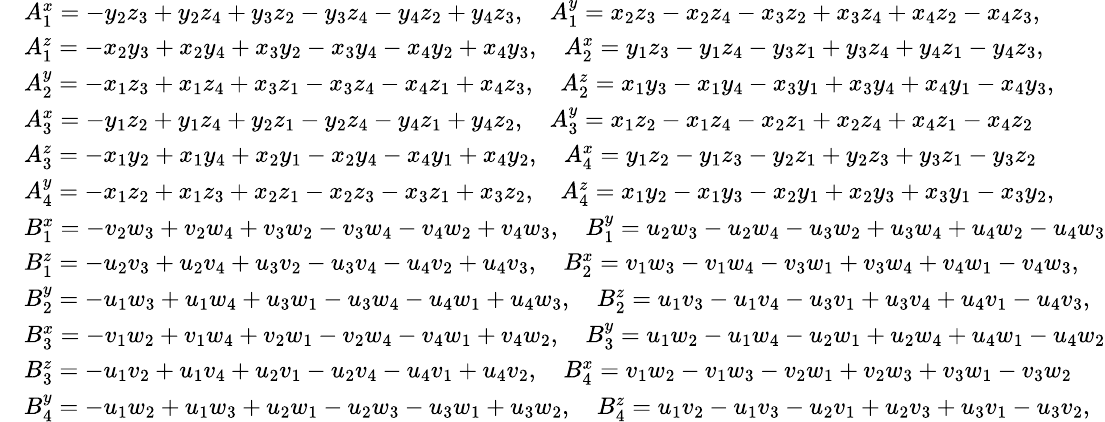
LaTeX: \small\begin{array}{rl}&{A_{1}^{x}=-y_{2}z_{3}+y_{2}z_{4}+y_{3}z_{2}-y_{3}z_{4}-y_{4}z_{2}+y_{4}z_{3},\quad A_{1}^{y}=x_{2}z_{3}-x_{2}z_{4}-x_{3}z_{2}+x_{3}z_{4}+x_{4}z_{2}-x_{4}z_{3},}\\ &{A_{1}^{z}=-x_{2}y_{3}+x_{2}y_{4}+x_{3}y_{2}-x_{3}y_{4}-x_{4}y_{2}+x_{4}y_{3},\quad A_{2}^{x}=y_{1}z_{3}-y_{1}z_{4}-y_{3}z_{1}+y_{3}z_{4}+y_{4}z_{1}-y_{4}z_{3},}\\ &{A_{2}^{y}=-x_{1}z_{3}+x_{1}z_{4}+x_{3}z_{1}-x_{3}z_{4}-x_{4}z_{1}+x_{4}z_{3},\quad A_{2}^{z}=x_{1}y_{3}-x_{1}y_{4}-x_{3}y_{1}+x_{3}y_{4}+x_{4}y_{1}-x_{4}y_{3},}\\ &{A_{3}^{x}=-y_{1}z_{2}+y_{1}z_{4}+y_{2}z_{1}-y_{2}z_{4}-y_{4}z_{1}+y_{4}z_{2},\quad A_{3}^{y}=x_{1}z_{2}-x_{1}z_{4}-x_{2}z_{1}+x_{2}z_{4}+x_{4}z_{1}-x_{4}z_{2}}\\ &{A_{3}^{z}=-x_{1}y_{2}+x_{1}y_{4}+x_{2}y_{1}-x_{2}y_{4}-x_{4}y_{1}+x_{4}y_{2},\quad A_{4}^{x}=y_{1}z_{2}-y_{1}z_{3}-y_{2}z_{1}+y_{2}z_{3}+y_{3}z_{1}-y_{3}z_{2}}\\ &{A_{4}^{y}=-x_{1}z_{2}+x_{1}z_{3}+x_{2}z_{1}-x_{2}z_{3}-x_{3}z_{1}+x_{3}z_{2},\quad A_{4}^{z}=x_{1}y_{2}-x_{1}y_{3}-x_{2}y_{1}+x_{2}y_{3}+x_{3}y_{1}-x_{3}y_{2},}\\ &{B_{1}^{x}=-v_{2}w_{3}+v_{2}w_{4}+v_{3}w_{2}-v_{3}w_{4}-v_{4}w_{2}+v_{4}w_{3},\quad B_{1}^{y}=u_{2}w_{3}-u_{2}w_{4}-u_{3}w_{2}+u_{3}w_{4}+u_{4}w_{2}-u_{4}w_{3}}\\ &{B_{1}^{z}=-u_{2}v_{3}+u_{2}v_{4}+u_{3}v_{2}-u_{3}v_{4}-u_{4}v_{2}+u_{4}v_{3},\quad B_{2}^{x}=v_{1}w_{3}-v_{1}w_{4}-v_{3}w_{1}+v_{3}w_{4}+v_{4}w_{1}-v_{4}w_{3},}\\ &{B_{2}^{y}=-u_{1}w_{3}+u_{1}w_{4}+u_{3}w_{1}-u_{3}w_{4}-u_{4}w_{1}+u_{4}w_{3},\quad B_{2}^{z}=u_{1}v_{3}-u_{1}v_{4}-u_{3}v_{1}+u_{3}v_{4}+u_{4}v_{1}-u_{4}v_{3},}\\ &{B_{3}^{x}=-v_{1}w_{2}+v_{1}w_{4}+v_{2}w_{1}-v_{2}w_{4}-v_{4}w_{1}+v_{4}w_{2},\quad B_{3}^{y}=u_{1}w_{2}-u_{1}w_{4}-u_{2}w_{1}+u_{2}w_{4}+u_{4}w_{1}-u_{4}w_{2}}\\ &{B_{3}^{z}=-u_{1}v_{2}+u_{1}v_{4}+u_{2}v_{1}-u_{2}v_{4}-u_{4}v_{1}+u_{4}v_{2},\quad B_{4}^{x}=v_{1}w_{2}-v_{1}w_{3}-v_{2}w_{1}+v_{2}w_{3}+v_{3}w_{1}-v_{3}w_{2}}\\ &{B_{4}^{y}=-u_{1}w_{2}+u_{1}w_{3}+u_{2}w_{1}-u_{2}w_{3}-u_{3}w_{1}+u_{3}w_{2},\quad B_{4}^{z}=u_{1}v_{2}-u_{1}v_{3}-u_{2}v_{1}+u_{2}v_{3}+u_{3}v_{1}-u_{3}v_{2},}\end{array}